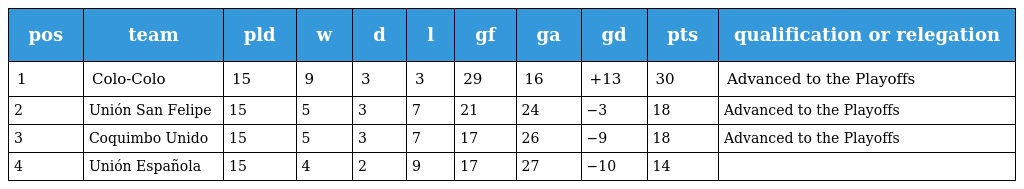
| pos | team | pld | w | d | l | gf | ga | gd | pts | qualification or relegation |
 | --- | --- | --- | --- | --- | --- | --- | --- | --- | --- | --- |
 | 1 | Colo-Colo | 15 | 9 | 3 | 3 | 29 | 16 | +13 | 30 | Advanced to the Playoffs |
 | 2 | Unión San Felipe | 15 | 5 | 3 | 7 | 21 | 24 | −3 | 18 | Advanced to the Playoffs |
 | 3 | Coquimbo Unido | 15 | 5 | 3 | 7 | 17 | 26 | −9 | 18 | Advanced to the Playoffs |
 | 4 | Unión Española | 15 | 4 | 2 | 9 | 17 | 27 | −10 | 14 |  |